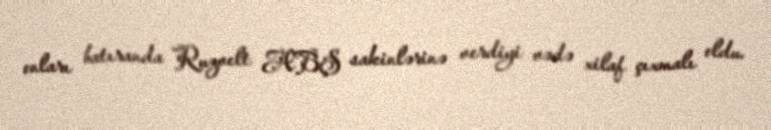
onları batıranda Ruzvelt ABŞ sakinlərinə verdiyi vədə xilaf çıxmalı oldu.